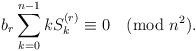
LaTeX: \begin{align*}b_r\sum_{k=0}^{n-1}kS_k^{(r)}\equiv0\pmod{n^2}.\end{align*}